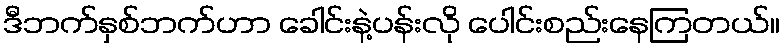
ဒီဘက်နှစ်ဘက်ဟာ ခေါင်းနဲ့ပန်းလို ပေါင်းစည်းနေကြတယ်။